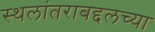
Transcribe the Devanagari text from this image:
स्थलांतराबद्दलच्या